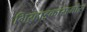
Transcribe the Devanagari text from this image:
गिऱ्हाइकांसमोर